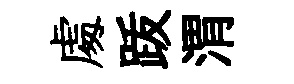
䖏䟦渭